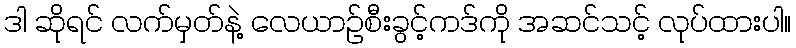
ဒါ ဆိုရင် လက်မှတ်နဲ့ လေယာဉ်စီးခွင့်ကဒ်ကို အဆင်သင့် လုပ်ထားပါ။